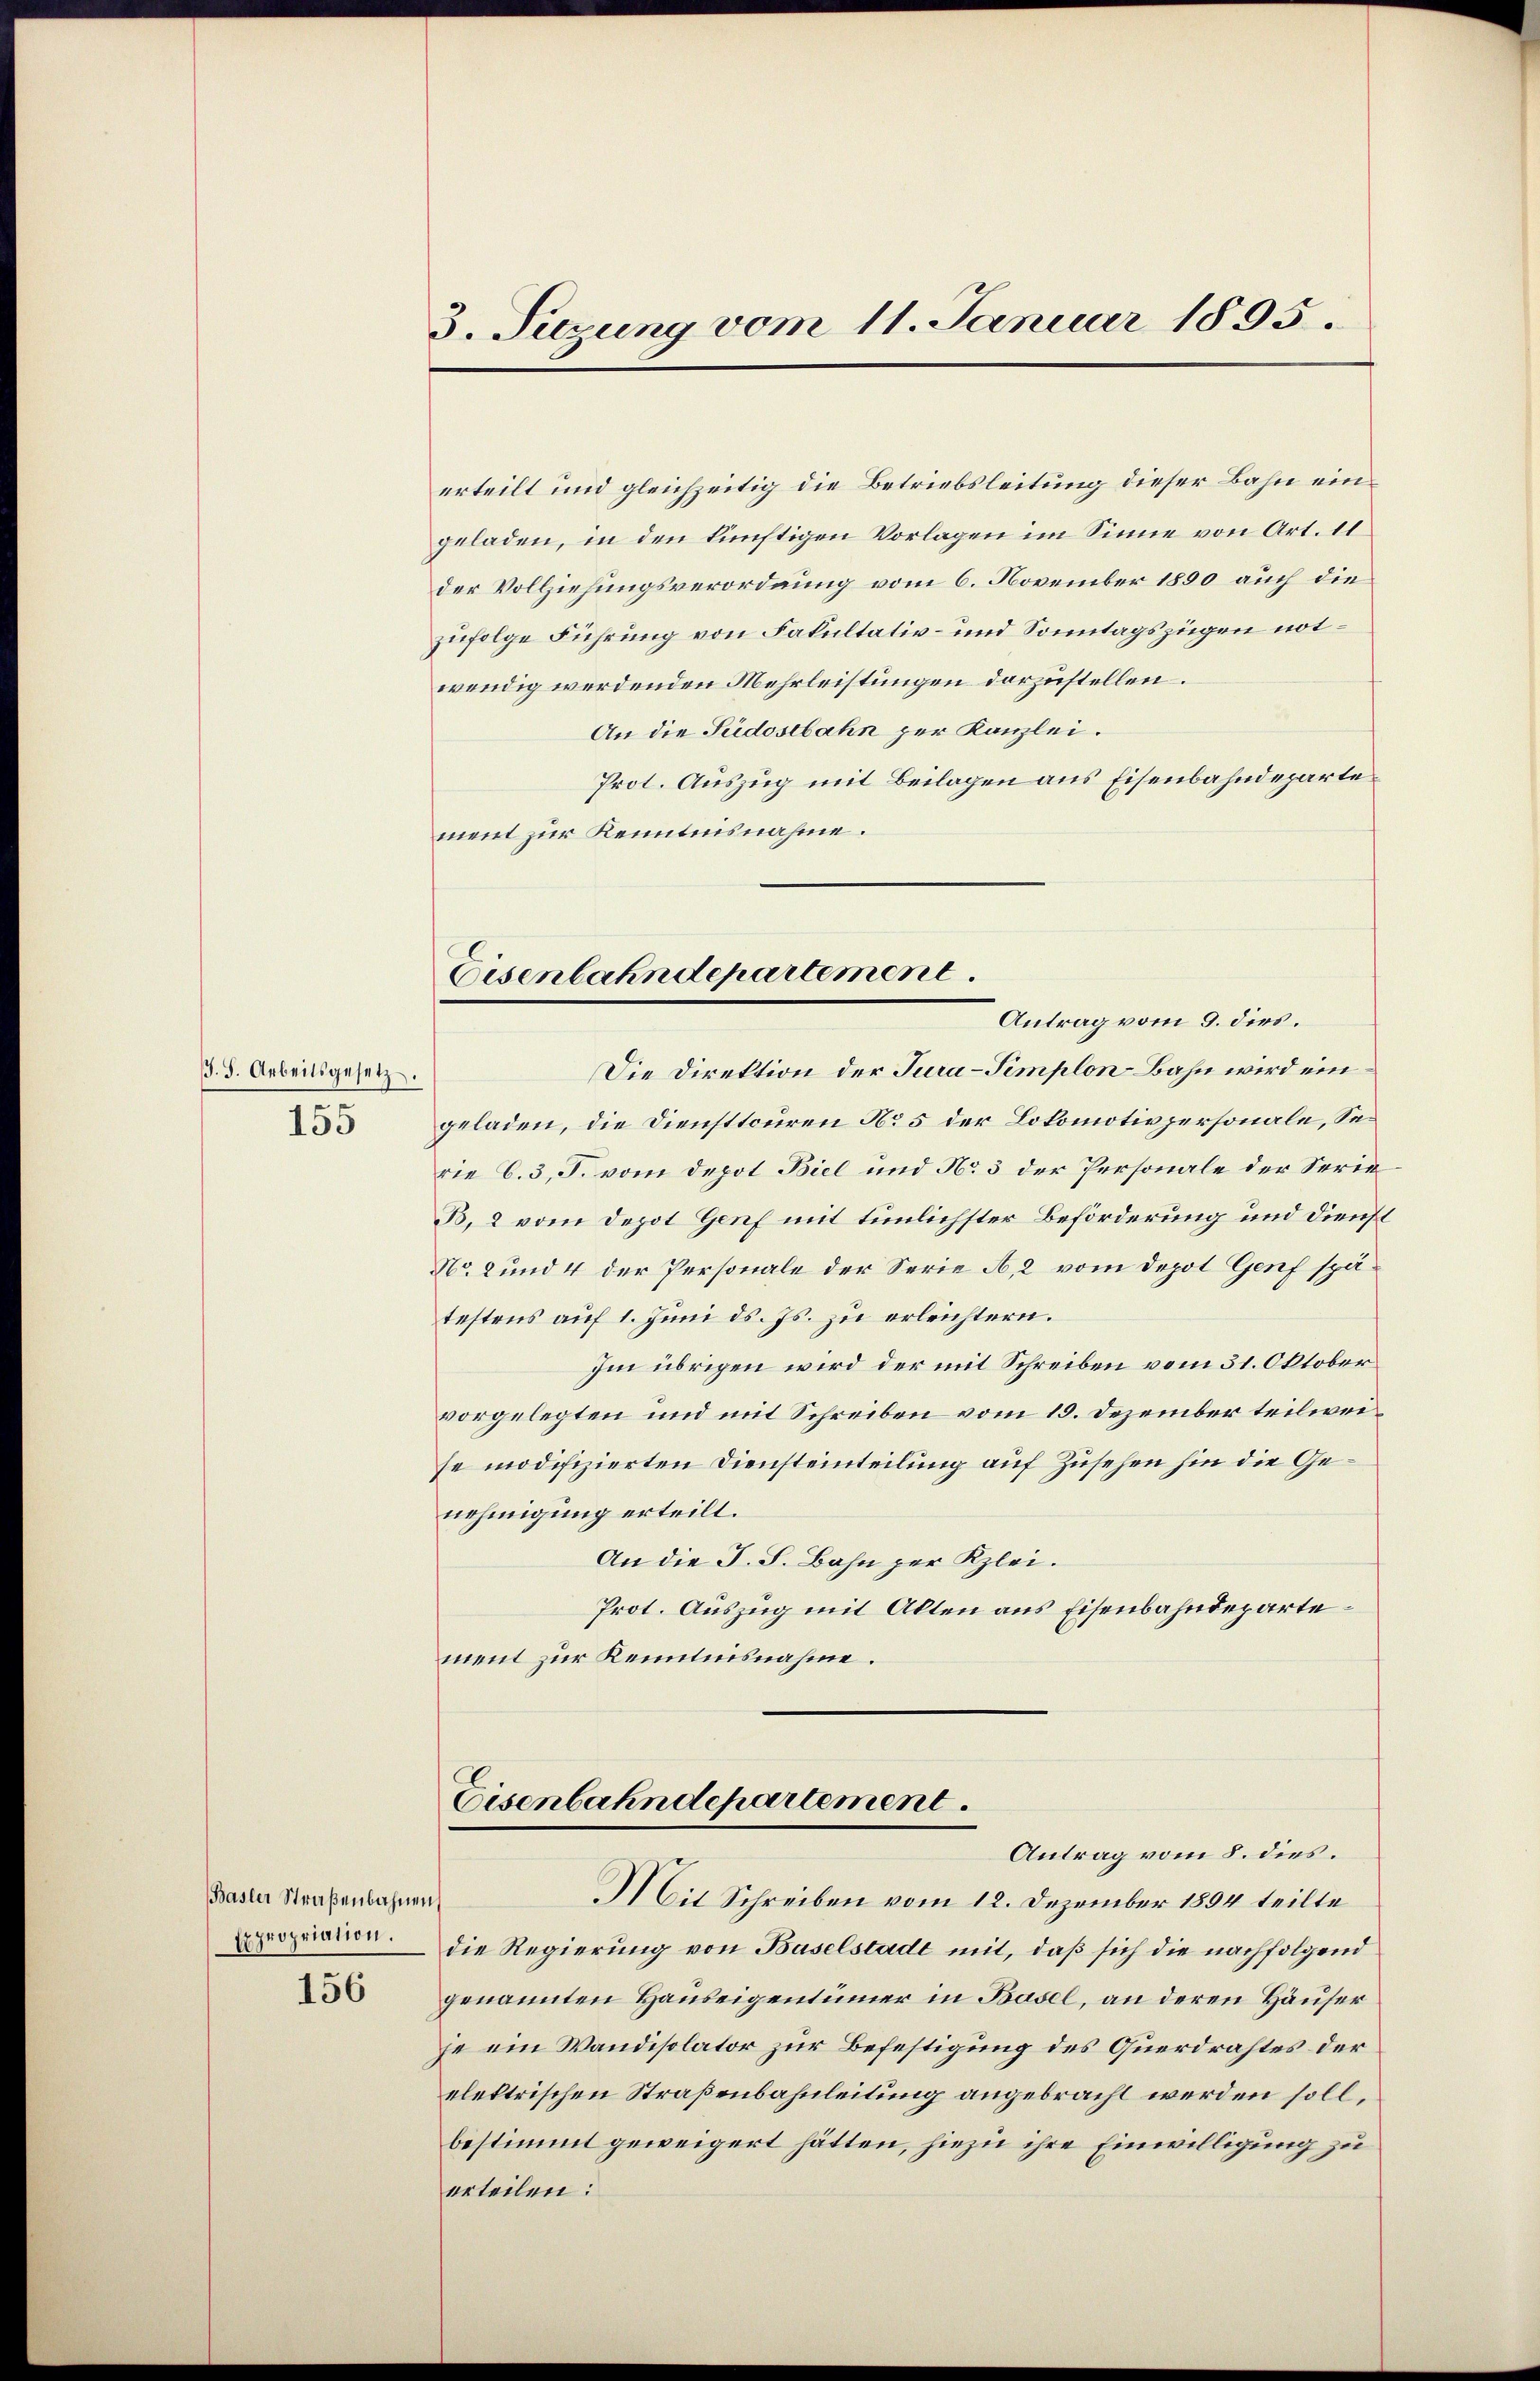
s. S. Arbeitsgesetz
155

Basler Straßenbahnen,
Expropriation.

156

3. Suzung vom 11. Januar 1895.

erteilt und gleichzeitig die Betriebsleitung dieser Bahn eingeladen, in den künftigen Vorlagen im Sinne von Art. 11
der Vollziehungsverordnung vom 6. November 1890 auch die
zufolge Führung von Fakultativ- und Sonntagszügen notwendig werdenden Mehrleistungen darzustellen.
An die Südostbahn zur Kanzlei.
Prot. Auszug mit Beilagen aus Eisenbahndeparte
ment zur Kenntnisnahme.
Antrag vom 9. dies.
Die Direktion der Tura-Simplon Bahn wird eingeladen, die Diensttouren No 5 der Lokomotivpersonale, Sei
rie 6.3, J. vom Depot Biel und No 3 der Personale der Serie
B. 2 vom Depot Genf mit tümlichster Beförderung und dienst
No. 2 und 4 der Personale der Serie A.2 vom Depot Genf spätestens auf 1. Juni d. Js. zu erleichtern.
Im übrigen wird der mit Schreiben vom 31. Oktober
vorgelegten und mit Schreiben vom 15. Dezember teilweise modifizierten Diensteinteilung auf Zusehen hin die Genehmigung erteilt.
An die J. S. Bahn per Klei¬
Prot. Auszug mit Alten aus Eisenbahndepartement zur Kenntnisnahme.

Eisenbahndepartement.

Eisenbahndepartement.
Antrag vom 8. dies.

Mit Schreiben vom 12. Dezember 1854 teilte
die Regierung von Baselstadt mit, daß sich die nachfolgend
genannten Hauseigentümer in Basel, an deren Häuser
je ein Wandisolator zur Befestigung des Querdrahtes der
elektrischen Straßenbahnleitung angebracht werden soll,
bestimmt geweigert hätten, hiezu ihre Einwilligung zu
erteilen: